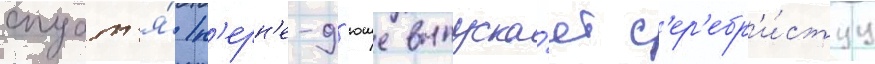
спуст'я́ п'ерн'е-д'юше выпуска́ет с'ер'ебр'и́стуу